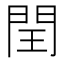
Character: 閏